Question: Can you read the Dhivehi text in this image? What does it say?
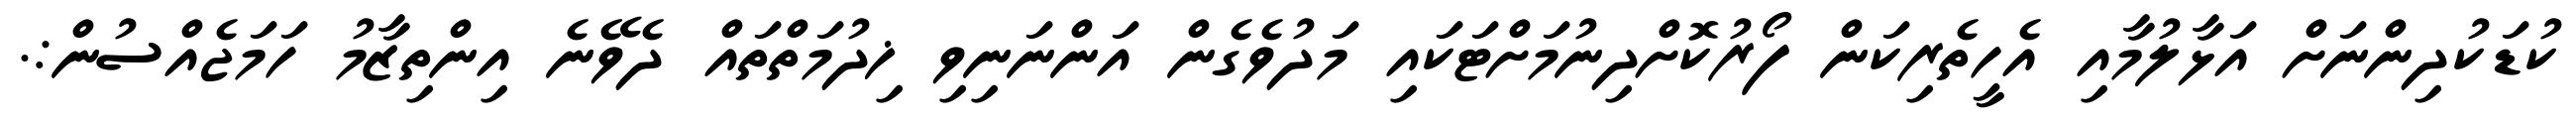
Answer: ކުޑަކުދިންނަށް އަޅާލުމާއި އެހީތެރިކަން ފޯރުކޮށްދިނުމަށްޓަކައި މަދުވެގެން އަންނަނިވި ޚިދުމަތްތައް ދެވޭނެ އިންތިޒާމު ހަމަޖެއްސުން:.